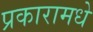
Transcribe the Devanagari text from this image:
प्रकारामधे